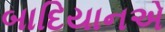
બાદિયાનએ